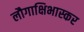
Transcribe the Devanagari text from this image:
लौगाक्षिभास्कर